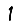
Digit: 1